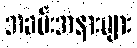
အခမ်းအနားများ